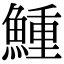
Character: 䱰